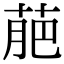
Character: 萉